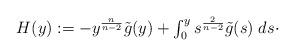
LaTeX: \begin{align*}\begin{array}{l}H(y) := -y^{\frac{n}{n-2}} \tilde{g}(y) + \int_{0}^{y} s^{\frac{2}{n-2}} \tilde{g}(s) \; ds \cdot\end{array}\end{align*}